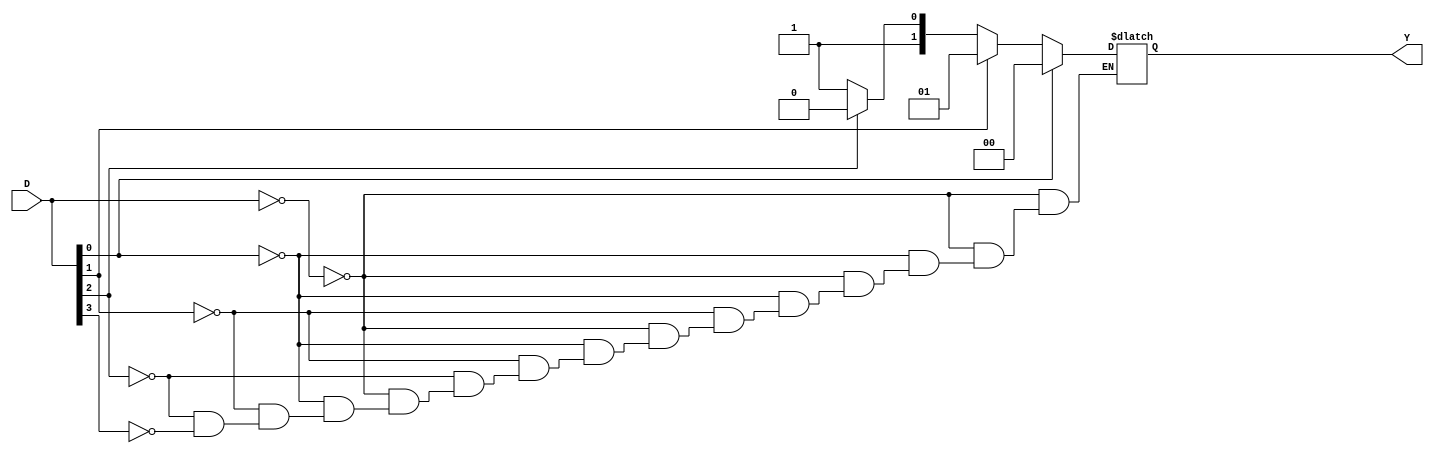
module pe_vl(D,Y);
  input [3:0]D;
  output [1:0]Y;
  reg [1:0]Y;
  //wire [3:0]D;
  
  always @(D)
  begin
    if (D == 4'b0000)
      Y = 2'bzz;
    else if (D[0] == 1'b1)
      Y = 2'b00;
    else if (D[1] == 1'b1)
      Y = 2'b01;
    else if (D[2] == 1'b1)
      Y = 2'b10;
    else if (D[3] == 1'b1)
      Y = 2'b11;
    end 
endmodule